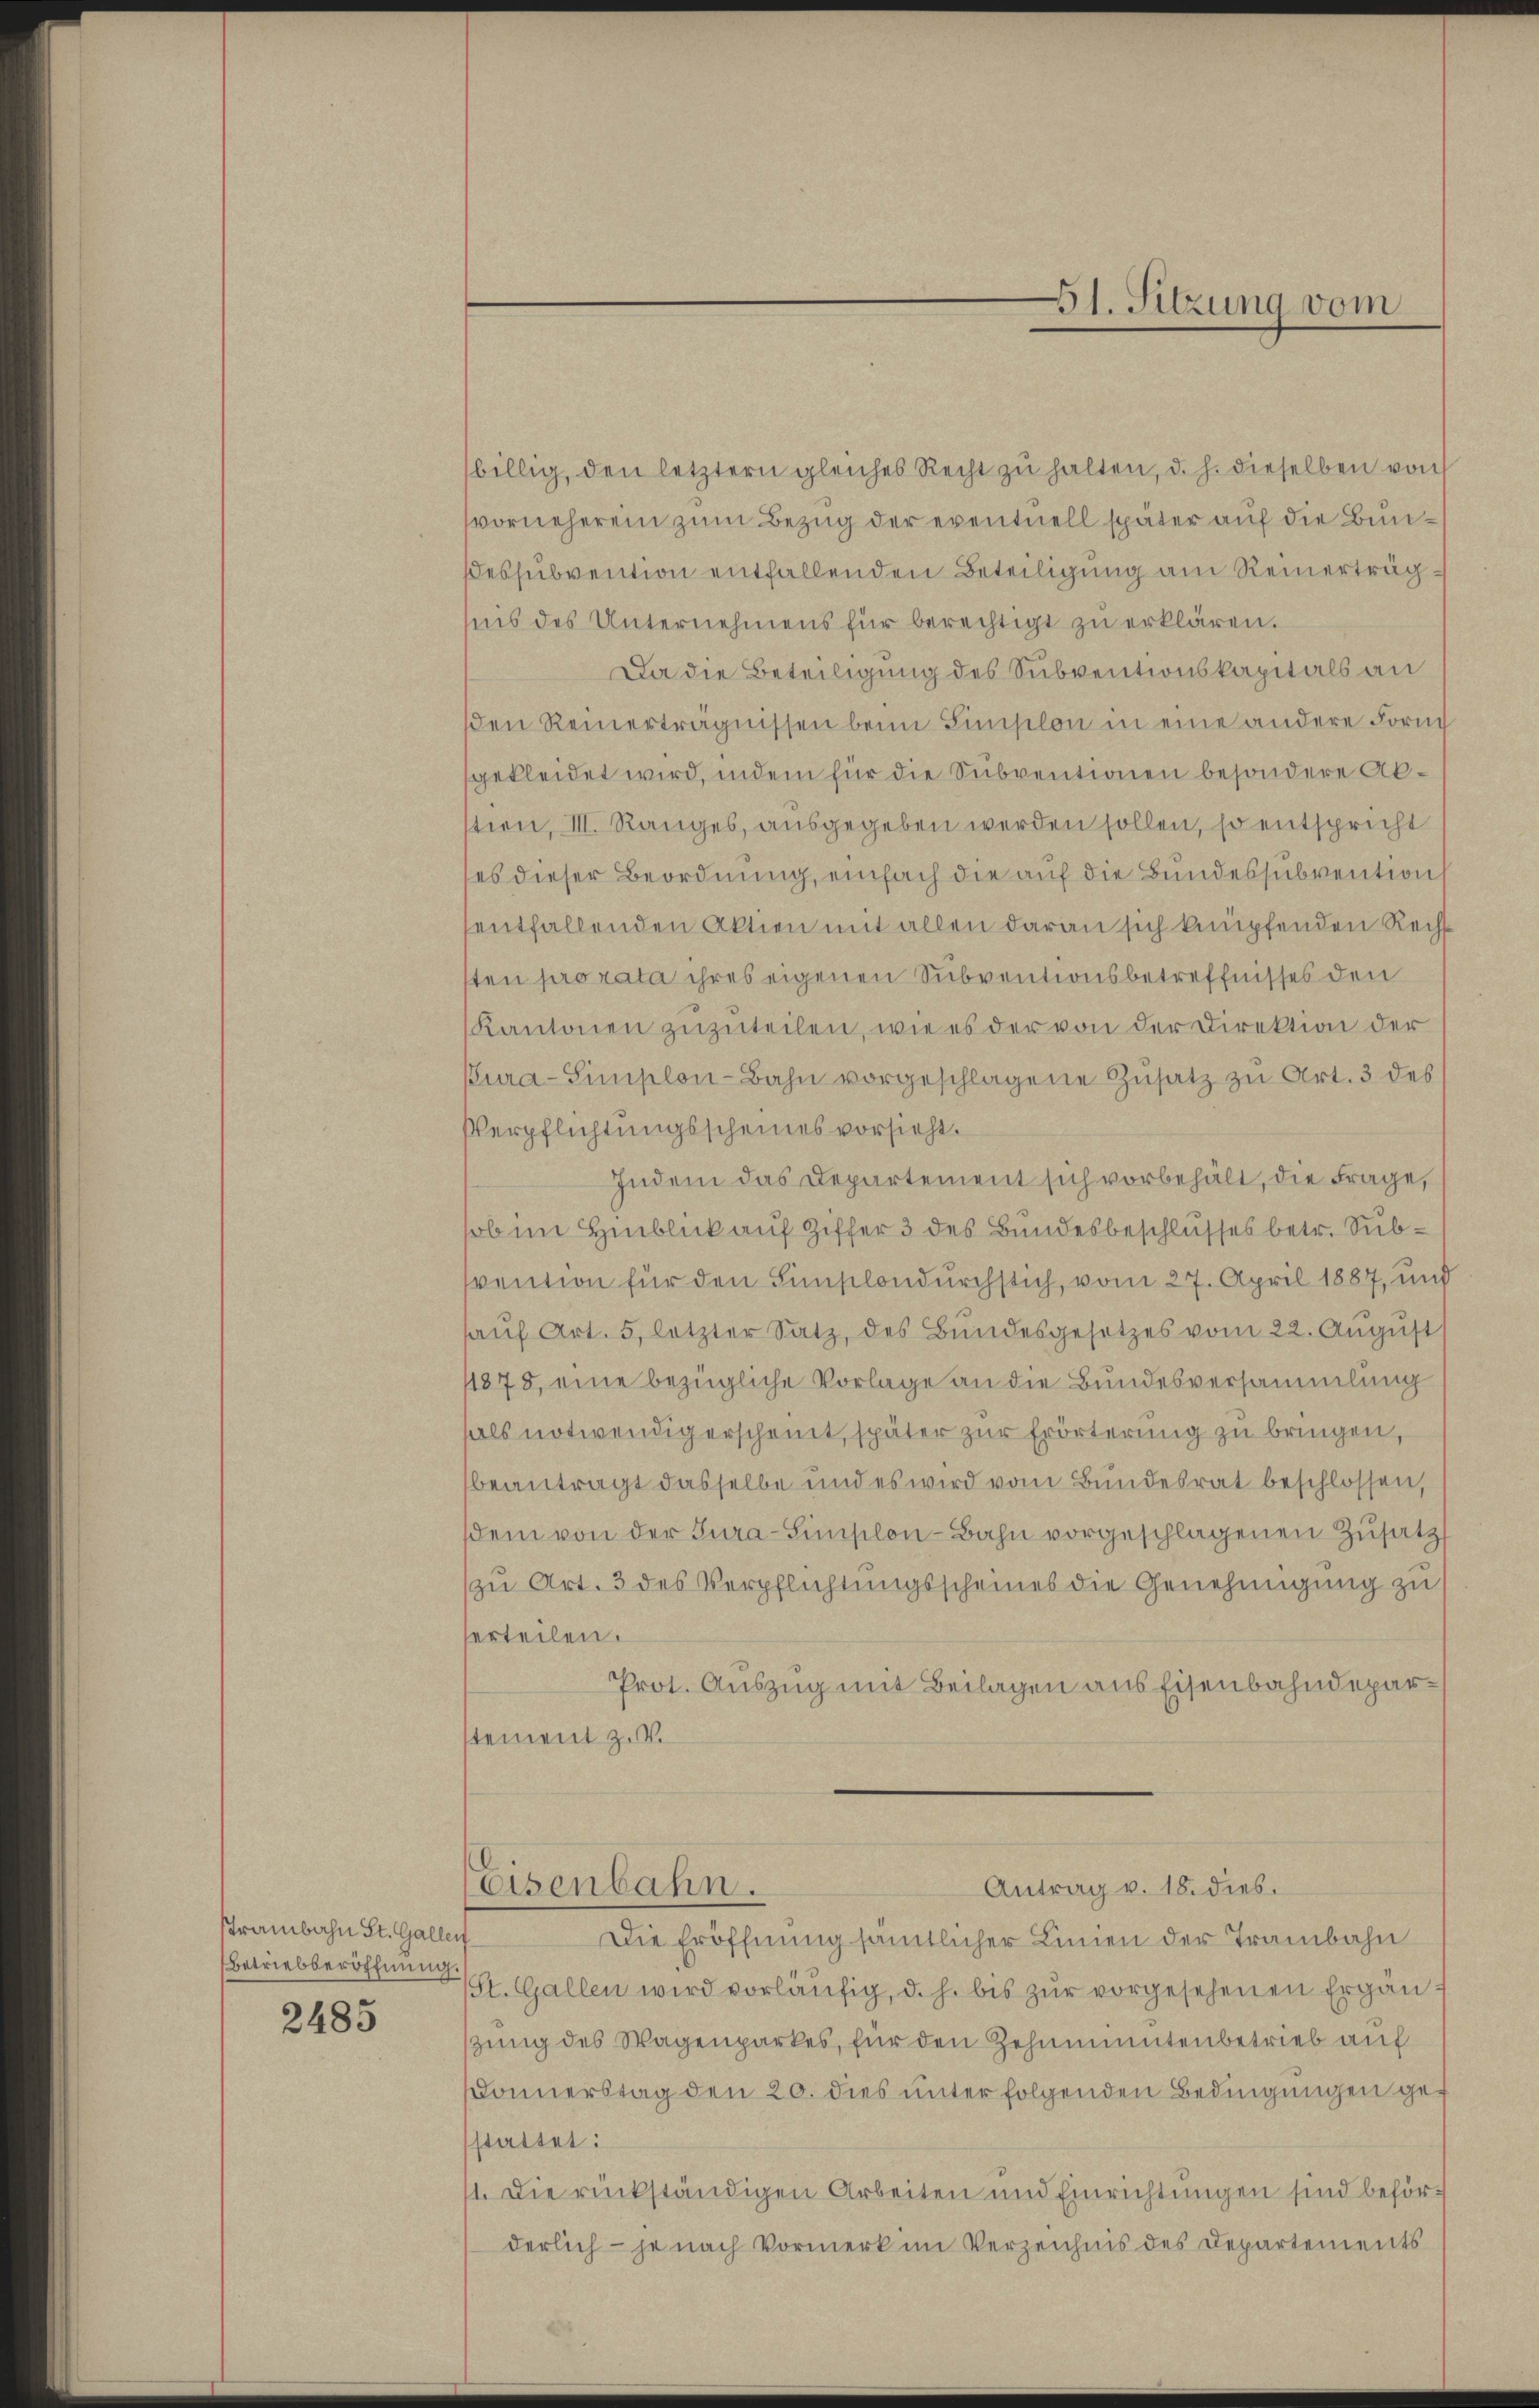
Srambahn St. Gallen
Betriebberöffnung.

2485

billig, den letztern gleiches Recht zŭ halten, d. h. dieselben von
vornehmen zum Bezug der eventuell später auf die Bunessubvention entfallenden Beteiligung am Reinerträgsins des Unternehmens für berechtigt zŭ erklären.
Da die Beteiligung des Subventionskapitals an
den Reinerträgnissen beim Finslon in eine andere Form
gekleidet wird, indem für die Subventionen besondere Aktion, III. Ranges, ausgegeben werden sollen, so entspricht
ses dieser Beordnung, einfach die auf die Bundessubvention
entfallenden Aktien mit allen daran sich knüpfenden Recht
sten pro rata ihres eigenen Subventionsbetreffnisses den
Kantonen zuzuteilen, wie es der von der Direktion der
ura-Simplon-Bahn vorgeschlagene Zusatz zu Art. 3 des
Verpflichtungsscheines vorsieht.
Indem das Departement sich vorbehält, die Frage,
sob in Hinblick auf Ziffer 3 des Bundesbeschlusses betr. Subvention für den Simsilondurchstich, vom 27. April 1887, und
aŭf Art. 5, letzter Satz, des Bŭndesgesetzes vom 22. Aŭgŭst
1875, eine bezügliche Vorlage an die Bundesversammlung
hals notwendig erscheint, später zur Erörterung zu bringen,
beantragt dasselbe und es wird vom Bundesrat beschlossen,
sdem von der Jura-Simplon-Bahn vorgeschlagenen Zusatz
zu Art. 3 des Verpflichtungsscheines die Genehmigung zu s
erteilen.
Prot. Auszug mit Beilagen aus Eisenbahndepartement z. V.

Eisenbahn.

Die Eröffnung sämtlicher Linien der Trambahn
St. Gallen wird vorläŭfig, d. h. bis zŭr vorgesehenen Ergän f
zung des Wagenparkes, für den Zehnimentenbetrieb auf
Donnerstag den 20. dies unter folgenden Bedingungen gef
stattet:
11. Die rückständigen Arbeiten und Einrichtungen sind beförderlich - je nach Vormerk im Verzeichnis des Departements

51. Sitzung vom

Antrag v. 18. dies.